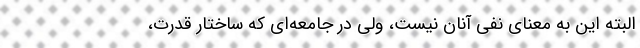
البته این به معنای نفی آنان نیست، ولی در جامعه‌ای که ساختار قدرت،